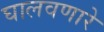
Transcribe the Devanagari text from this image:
घालवणारे